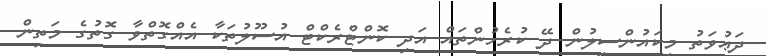
ދަޢުވަތު މިކައުންސިލުން ދޭ ކުރެހުންތައް އަދި ކޮންޓްރެކްޓް އުސޫލުތަކާ އެއްގޮތްވާ ގޮތުގެ މަތިން